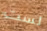
لست